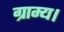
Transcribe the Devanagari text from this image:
ग्राम्य।